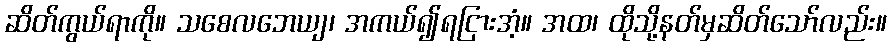
ဆိတ်ကွယ်ရာကို။ သစေလဘေယျ၊ အကယ်၍ရငြားအံ့။ အထ၊ ထိုသို့နတ်မှဆိတ်သော်လည်း။